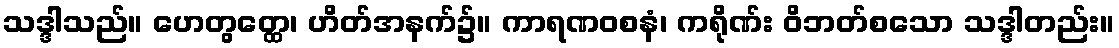
သဒ္ဒါသည်။ ဟေတွတ္ထေ၊ ဟိတ်အနက်၌။ ကာရဏဝစနံ၊ ကရိုဏ်း ဝိဘတ်စသော သဒ္ဒါတည်း။